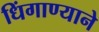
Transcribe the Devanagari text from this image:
धिंगाण्याने